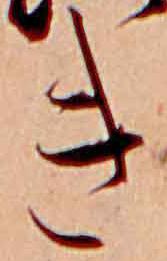
き